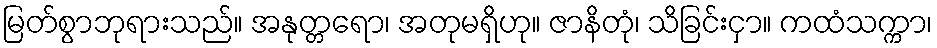
မြတ်စွာဘုရားသည်။ အနုတ္တရော၊ အတုမရှိဟု။ ဇာနိတုံ၊ သိခြင်းငှာ။ ကထံသက္ကာ၊